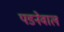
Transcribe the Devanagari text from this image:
पडनेवाल